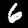
Label: 6